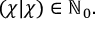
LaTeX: ( \chi | \chi ) \in \mathbb { N } _ { 0 } .